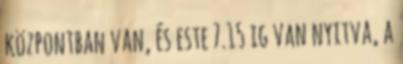
központban van, és este 7.15 ig van nyitva, a